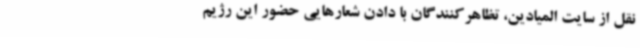
نقل از سایت المیادین، تظاهرکنندگان با دادن شعارهایی حضور این رژیم